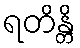
ရတိန္တိ